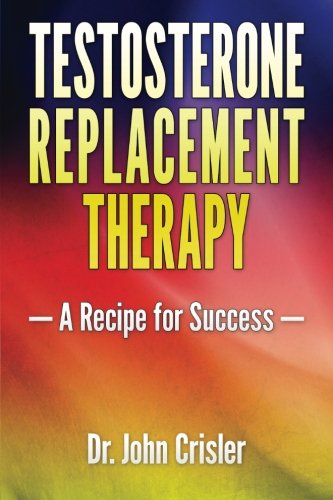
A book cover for Testosterone Replacement Therapy: A Recipe for Success; John Crisler; Health, Fitness & Dieting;